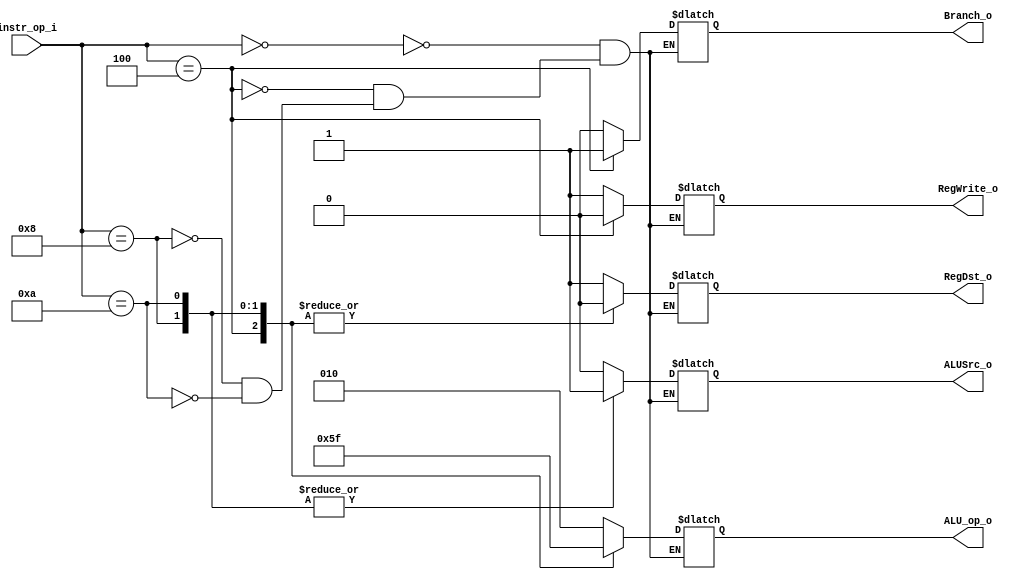
// 0716018
//Subject:     CO project 2 - Decoder
//--------------------------------------------------------------------------------
//Version:     1
//--------------------------------------------------------------------------------
//Writer:      Luke
//----------------------------------------------
//Date:        
//----------------------------------------------
//Description: 
//--------------------------------------------------------------------------------

module Decoder(
    instr_op_i,
	RegWrite_o,
	ALU_op_o,
	ALUSrc_o,
	RegDst_o,
	Branch_o
	);
     
//I/O ports
//   ALUOp 
input  [6-1:0] instr_op_i;

output         RegWrite_o;
output [3-1:0] ALU_op_o;
output         ALUSrc_o;
output         RegDst_o;
output         Branch_o;
 
//Internal Signals
reg    [3-1:0] ALU_op_o;
reg            ALUSrc_o;
reg            RegWrite_o;
reg            RegDst_o;
reg            Branch_o;

//Parameter


//Main function
always@(*) begin
	case (instr_op_i)
		0:
		begin
			ALU_op_o = 3'b010;
			RegDst_o = 1;
			ALUSrc_o = 0;
			RegWrite_o = 1;
			Branch_o = 0;
		end
		4: // beq
		begin
			ALU_op_o = 3'b001;
			RegDst_o = 0;	// don't care
			ALUSrc_o = 0;
			RegWrite_o = 0;
			Branch_o = 1;
		end
		8:	// addi
		begin
			ALU_op_o = 3'b011;
			RegDst_o = 0;
			ALUSrc_o = 1;
			RegWrite_o = 1;
			Branch_o = 0;
		end
		10:	// slti
		begin
			ALU_op_o = 3'b111;
			RegDst_o = 0;
			ALUSrc_o = 1;
			RegWrite_o = 1;
			Branch_o = 0;
		end
	endcase
end


endmodule